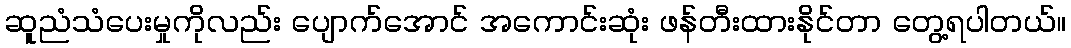
ဆူညံသံပေးမှုကိုလည်း ပျောက်အောင် အကောင်းဆုံး ဖန်တီးထားနိုင်တာ တွေ့ရပါတယ်။